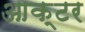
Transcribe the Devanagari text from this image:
आक्टर